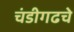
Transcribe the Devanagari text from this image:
चंडीगढचे